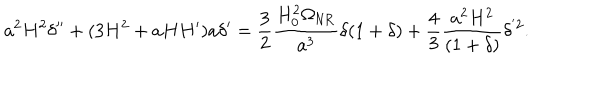
LaTeX: a ^ { 2 } H ^ { 2 } \delta ^ { \prime \prime } + ( 3 H ^ { 2 } + a H H ^ { \prime } ) a \delta ^ { \prime } = \frac { 3 } { 2 } \frac { H _ { 0 } ^ { 2 } \Omega _ { \mathrm { N R } } } { a ^ { 3 } } \delta ( 1 + \delta ) + \frac { 4 } { 3 } \frac { a ^ { 2 } H ^ { 2 } } { ( 1 + \delta ) } \delta ^ { ' 2 } .